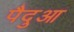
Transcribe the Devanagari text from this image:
पैदुआ